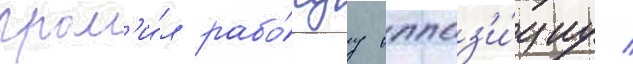
гром'и́л рабо́чуу оппоз'и́циу /